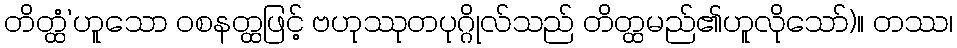
တိတ္ထံ’ဟူသော ဝစနတ္ထဖြင့် ဗဟုဿုတပုဂ္ဂိုလ်သည် တိတ္ထမည်၏ဟူလိုသော်)။ တဿ၊